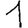
Digit: 1